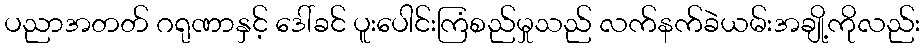
ပညာအတတ် ဂရုဏာနှင့် ဒေါ်ခင် ပူးပေါင်းကြံစည်မှုသည် လက်နက်ခဲယမ်းအချို့ကိုလည်း